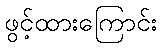
ဖွင့်ထားကြောင်း